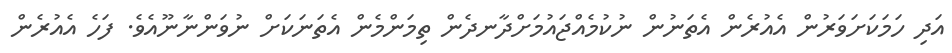
އަދި ހަމަކަށަވަރުން އެއުރެން އެތަނުން ނުކުމެއްޖައުމަށްދާނދެން ތިމަންމެން އެތަނަކަށް ނުވަންނާނޫއެވެ. ފަހެ އެއުރެން